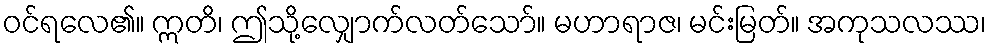
ဝင်ရလေ၏။ ဣတိ၊ ဤသို့လျှောက်လတ်သော်။ မဟာရာဇ၊ မင်းမြတ်။ အကုသလဿ၊